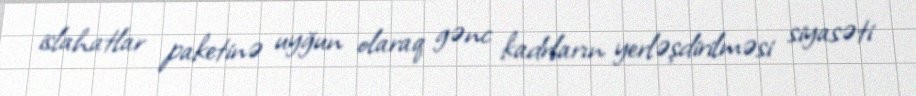
islahatlar paketinə uyğun olaraq gənc kadrların yerləşdirilməsi siyasəti